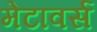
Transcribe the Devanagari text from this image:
मेटावर्स